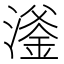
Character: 㵚